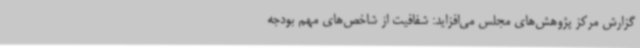
گزارش مرکز پژوهش‌های مجلس می‌افزاید: شفافیت از شاخص‌های مهم بودجه